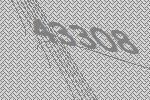
43308